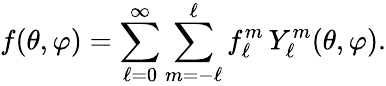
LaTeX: f(\theta,\varphi)=\sum_{\ell=0}^{\infty}\sum_{m=-\ell}^{\ell}f_{\ell}^{m}\, Y_{\ell}^{m}(\theta,\varphi).